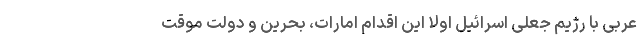
عربی با رژیم جعلی اسرائیل اولا این اقدام امارات، بحرین و دولت موقت